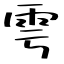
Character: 雩